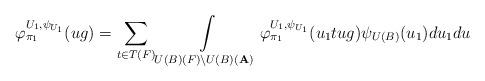
LaTeX: \begin{align*}\varphi_{\pi_1}^{U_1,\psi_{U_1}}(ug)=\sum_{t\in T(F)}\int\limits_{U(B)(F)\backslash U(B)({\bf A})}\varphi_{\pi_1}^{U_1,\psi_{U_1}}(u_1tug)\psi_{U(B)}(u_1)du_1du\end{align*}